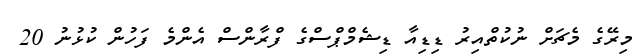
މިރޭގެ މެޗަަށް ނުކުތްއިރު ޑިޑިއާ ޑިޝެމްޕްސްގެ ފްރާންސް އެންމެ ފަހުން ކުޅުނު 20